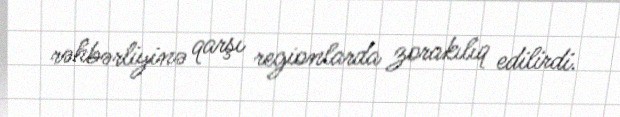
rəhbərliyinə qarşı regionlarda zorakılıq edilirdi.